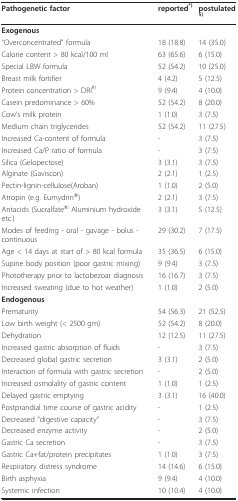
<table><thead><tr><td><b>Pathogenetic factor</b></td><td><b>reported<sup>*)</sup></b></td><td><b>postulated<sup>$)</sup></b></td></tr></thead><tbody><tr><td><b>Exogenous</b></td><td></td><td></td></tr><tr><td>&quot;Overconcentrated&quot; formula</td><td>18 (18.8)</td><td>14 (35.0)</td></tr><tr><td>Calorie content &gt; 80 kcal/100 ml</td><td>63 (65.6)</td><td>6 (15.0)</td></tr><tr><td>Special LBW formula</td><td>52 (54.2)</td><td>10 (25.0)</td></tr><tr><td>Breast milk fortifier</td><td>4 (4.2)</td><td>5 (12.5)</td></tr><tr><td>Protein concentration &gt; DRI<sup>#)</sup></td><td>9 (9.4)</td><td>4 (10.0)</td></tr><tr><td>Casein predominance &gt; 60%</td><td>52 (54.2)</td><td>8 (20.0)</td></tr><tr><td>Cow&#x27;s milk protein</td><td>1 (1.0)</td><td>3 (7.5)</td></tr><tr><td>Medium chain triglycerides</td><td>52 (54.2)</td><td>11 (27.5)</td></tr><tr><td>Increased Ca-content of formula</td><td>-</td><td>3 (7.5)</td></tr><tr><td>Increased Ca/P ratio of formula</td><td>-</td><td>3 (7.5)</td></tr><tr><td>Silica (Gelopectose)</td><td>3 (3.1)</td><td>3 (7.5)</td></tr><tr><td>Alginate (Gaviscon)</td><td>2 (2.1)</td><td>1 (2.5)</td></tr><tr><td>Pectin-lignin-cellulose(Aroban)</td><td>1 (1.0)</td><td>2 (5.0)</td></tr><tr><td>Atropin (e.g. Eumydrin<sup>®</sup>)</td><td>2 (2.1)</td><td>3 (7.5)</td></tr><tr><td>Antacids (Sucralfate<sup>® </sup>Aluminium hydroxide etc.)</td><td>3 (3.1)</td><td>5 (12.5)</td></tr><tr><td>Modes of feeding - oral - gavage - bolus - continuous </td><td>29 (30.2)</td><td>7 (17.5)</td></tr><tr><td>Age &lt; 14 days at start of &gt; 80 kcal formula</td><td>35 (36.5)</td><td>6 (15.0)</td></tr><tr><td>Supine body position (poor gastric mixing)</td><td>9 (9.4)</td><td>3 (7.5)</td></tr><tr><td>Phototherapy prior to lactobezoar diagnosis</td><td>16 (16.7)</td><td>3 (7.5)</td></tr><tr><td>Increased sweating (due to hot weather)</td><td>1 (1.0)</td><td>2 (5.0)</td></tr><tr><td><b>Endogenous</b></td><td></td><td></td></tr><tr><td>Prematurity</td><td>54 (56.3)</td><td>21 (52.5)</td></tr><tr><td>Low birth weight (&lt; 2500 gm)</td><td>52 (54.2)</td><td>8 (20.0)</td></tr><tr><td>Dehydration</td><td>12 (12.5)</td><td>11 (27.5)</td></tr><tr><td>Increased gastric absorption of fluids</td><td>-</td><td>3 (7.5)</td></tr><tr><td>Decreased global gastric secretion</td><td>3 (3.1)</td><td>2 (5.0)</td></tr><tr><td>Interaction of formula with gastric secretion</td><td>-</td><td>2 (5.0)</td></tr><tr><td>Increased osmolality of gastric content</td><td>1 (1.0)</td><td>1 (2.5)</td></tr><tr><td>Delayed gastric emptying</td><td>3 (3.1)</td><td>16 (40.0)</td></tr><tr><td>Postprandial time course of gastric acidity</td><td>-</td><td>1 (2.5)</td></tr><tr><td>Decreased &quot;digestive capacity&quot;</td><td>-</td><td>3 (7.5)</td></tr><tr><td>Decreased enzyme activity</td><td>-</td><td>2 (5.0)</td></tr><tr><td>Gastric Ca secretion</td><td>-</td><td>3 (7.5)</td></tr><tr><td>Gastric Ca+fat/protein precipitates</td><td>1 (1.0)</td><td>3 (7.5)</td></tr><tr><td>Respiratory distress syndrome</td><td>14 (14.6)</td><td>6 (15.0)</td></tr><tr><td>Birth asphyxia</td><td>9 (9.4)</td><td>4 (10.0)</td></tr><tr><td>Systemic infection</td><td>10 (10.4)</td><td>4 (10.0)</td></tr></tbody></table>